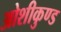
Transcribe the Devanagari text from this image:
ओशीकुण्ड